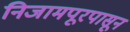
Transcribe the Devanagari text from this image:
निजामपूरपासून